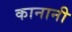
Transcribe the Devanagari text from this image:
कानानी